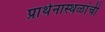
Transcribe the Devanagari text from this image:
प्रार्थनास्थळांची